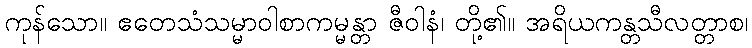
ကုန်သော။ ဧတေသံသမ္မာဝါစာကမ္မန္တာ ဇီဝါနံ၊ တို့၏။ အရိယကန္တသီလတ္တာစ၊